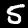
Digit: 5